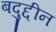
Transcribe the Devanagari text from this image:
बदुद्दीन